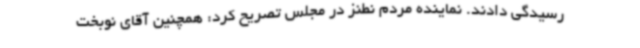
رسیدگی دادند. نماینده مردم نطنز در مجلس تصریح کرد: همچنین آقای نوبخت